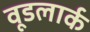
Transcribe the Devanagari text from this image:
वूडलार्क